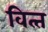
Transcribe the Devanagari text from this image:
वित्‍त